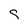
Character: q